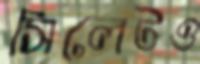
সিলেটও